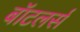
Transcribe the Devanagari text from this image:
बॉटलर्स